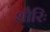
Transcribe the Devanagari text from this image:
शौरिः